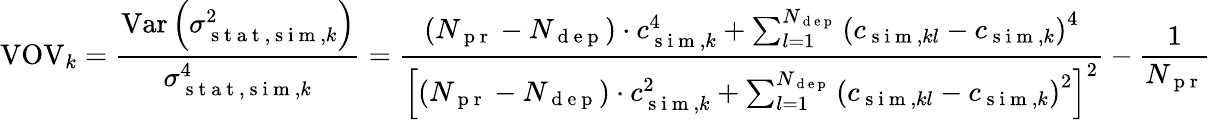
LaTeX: \operatorname{VOV}_{k}=\frac{\operatorname{Var}\left(\sigma_{\mathrm{~s~t~a~t~},\mathrm{~s~i~m~},k}^{2}\right)}{\sigma_{\mathrm{~s~t~a~t~},\mathrm{~s~i~m~},k}^{4}}=\frac{\left(N_{\mathrm{~p~r~}}-N_{\mathrm{~d~e~p~}}\right)\cdot c_{\mathrm{~s~i~m~},k}^{4}+\sum_{l=1}^{N_{\mathrm{~d~e~p~}}}\left(c_{\mathrm{~s~i~m~},kl}-c_{\mathrm{~s~i~m~},k}\right)^{4}}{\left[\left(N_{\mathrm{~p~r~}}-N_{\mathrm{~d~e~p~}}\right)\cdot c_{\mathrm{~s~i~m~},k}^{2}+\sum_{l=1}^{N_{\mathrm{~d~e~p~}}}\left(c_{\mathrm{~s~i~m~},kl}-c_{\mathrm{~s~i~m~},k}\right)^{2}\right]^{2}}-\frac{1}{N_{\mathrm{~p~r~}}}